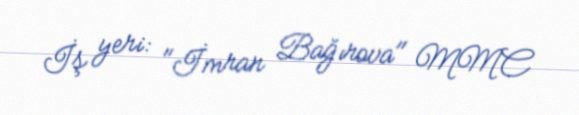
İş yeri: "İmran Bağırova" MMC